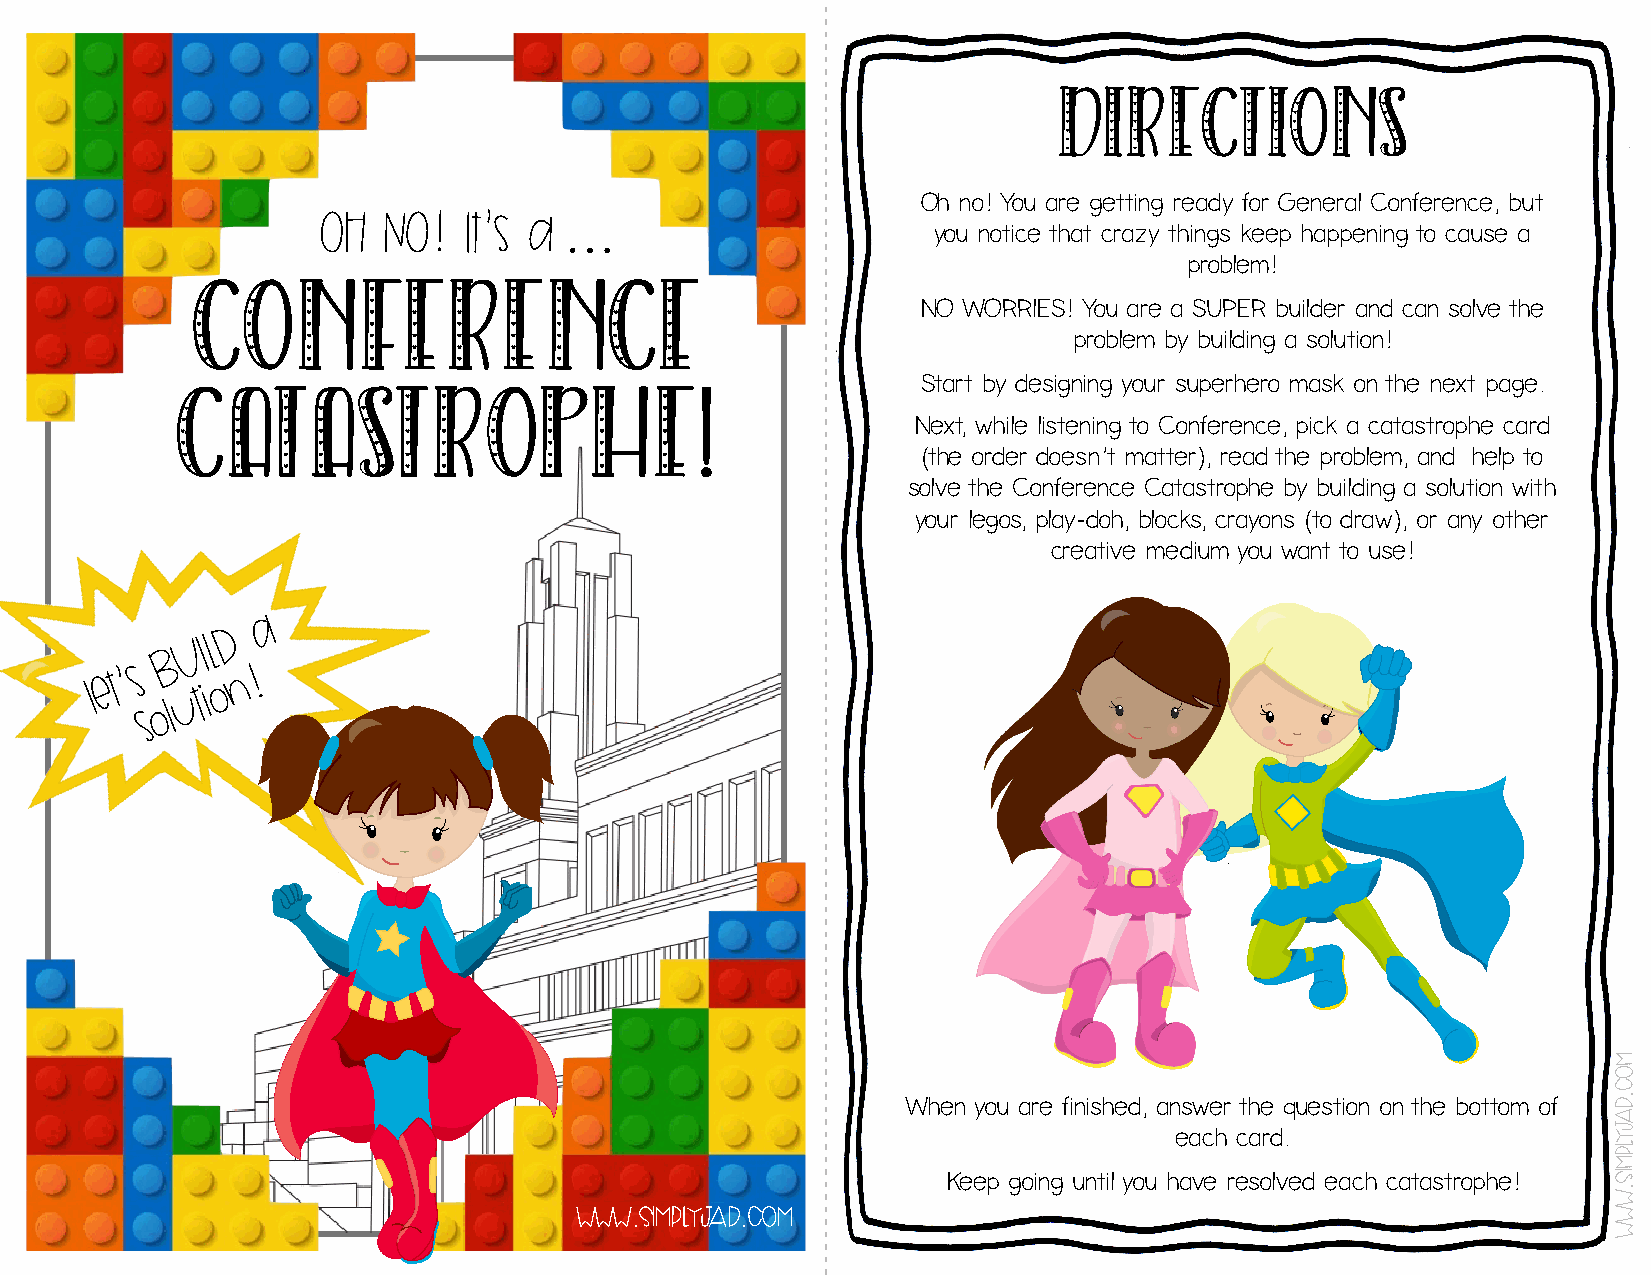
DiRecTionS
 Oh no! You are getting ready for General Conference, but
 OH  NO!  It’s a …
 you notice that crazy things keep happening to cause a
 problem!
 CONFERENCE
 NO WORRIES! You are a SUPER builder and can solve the
 problem by building a solution!
 Start by designing your superhero mask on the next page.
 CATASTROPHE!
 Next, while listening to Conference, pick a catastrophe card
 (the order doesn’t matter), read the problem, and help to
 solve the Conference Catastrophe by building a solution with
 your legos, play-doh, blocks, crayons (to draw), or any other
 creative medium you want to use!
 a
 D
 UIL
 B
 le t’s
 u
 tio n !
 ol
 s
 When you are finished, answer the question on the bottom of
 each card.
 Keep going until you have resolved each catastrophe!
 www.simplyjad.com
 moc.dajylpmis.www